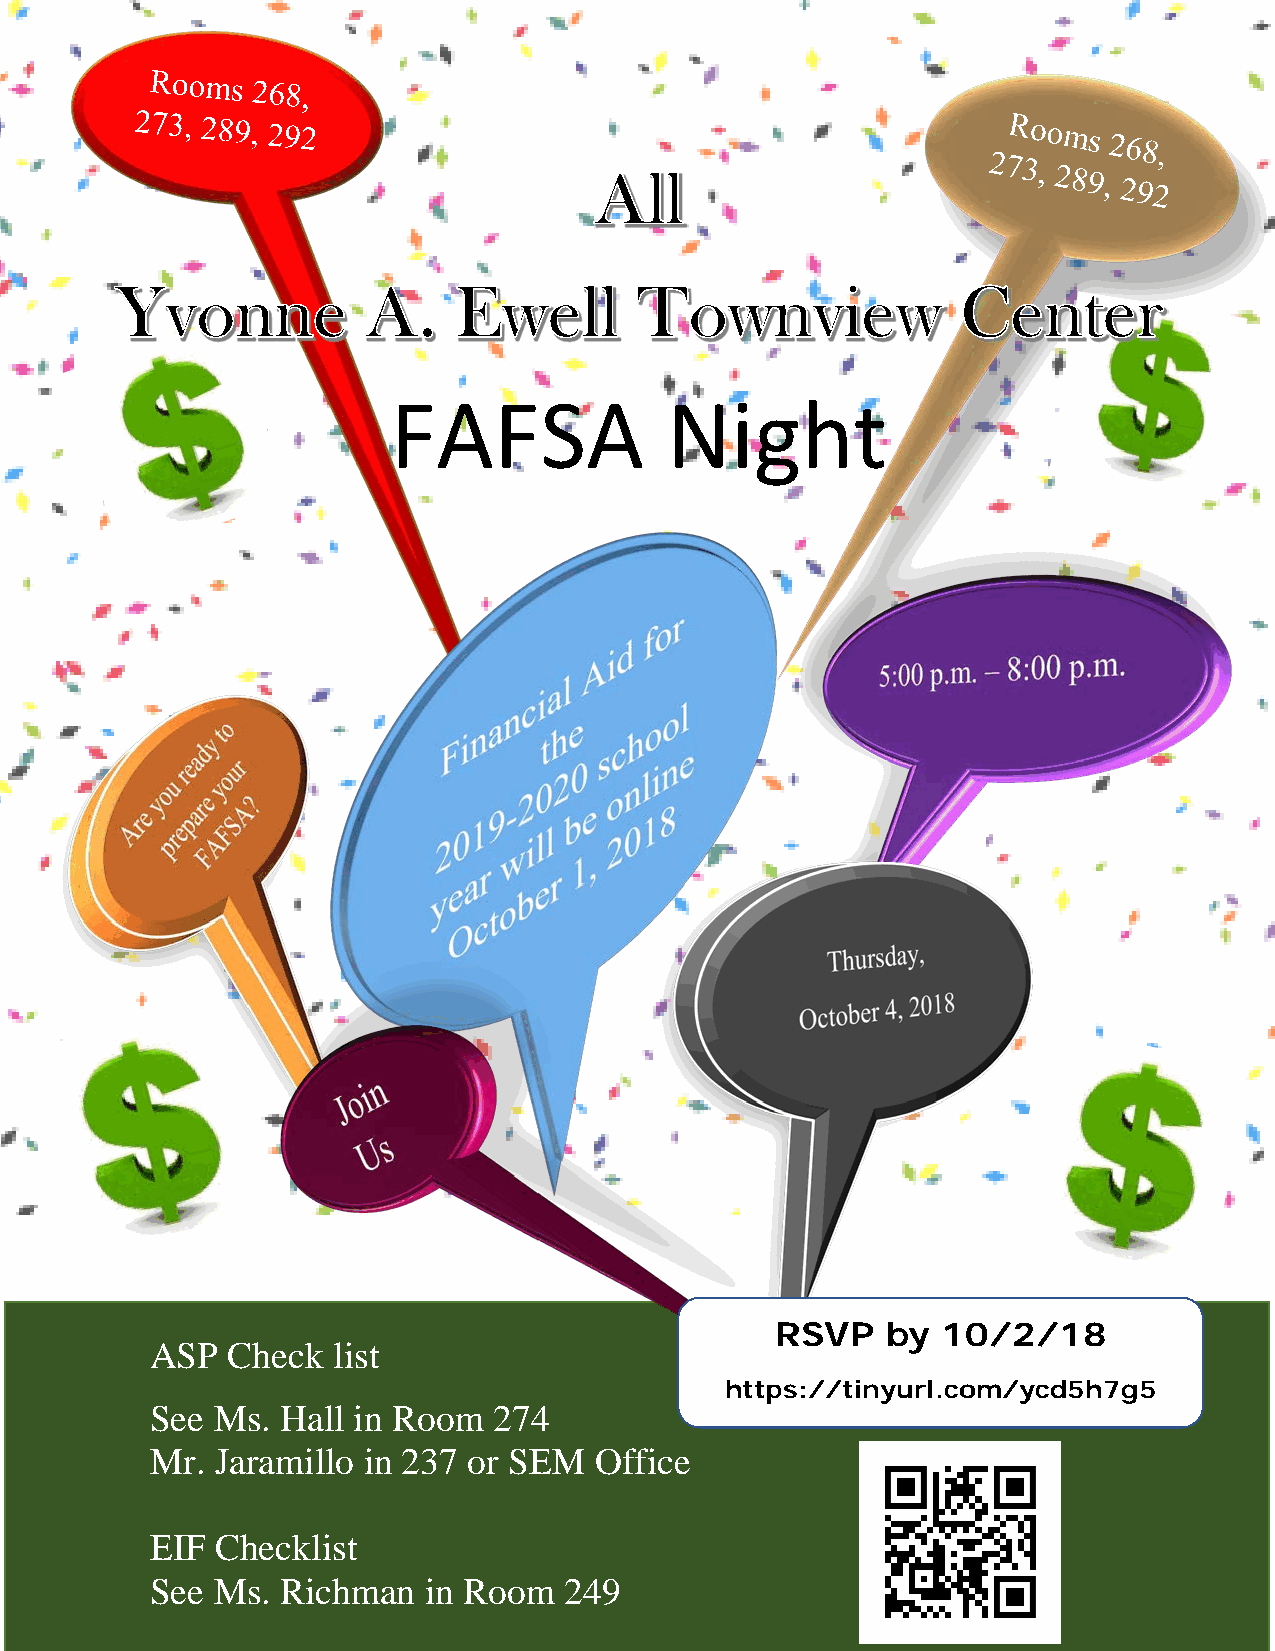
FAFSA             Night
 RSVP    by 10/2/18
 ASP  Check  list
 https://tinyurl.com/ycd5h7g5
 See Ms.  Hall in Room  274
 Mr. Jaramillo in 237 or SEM  Office
 EIF Checklist
 See Ms.  Richman  in Room  249